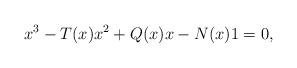
LaTeX: \begin{align*} x^3-T(x)x^2+Q(x)x-N(x)1=0, \end{align*}